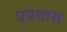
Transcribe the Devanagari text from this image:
प्रपंचास